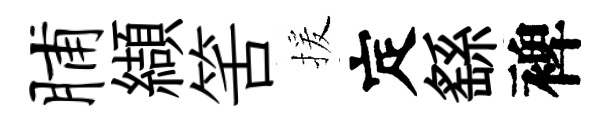
脯纈筈援定繇裨